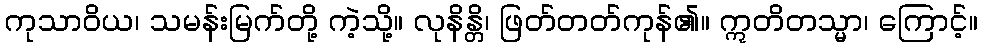
ကုသာဝိယ၊ သမန်းမြက်တို့ ကဲ့သို့။ လုနိန္တိ၊ ဖြတ်တတ်ကုန်၏။ ဣတိတသ္မာ၊ ကြောင့်။